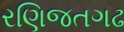
રણિજતગઢ